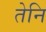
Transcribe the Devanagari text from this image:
तेनि